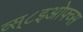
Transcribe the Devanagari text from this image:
व्स्८इओफ्व्स